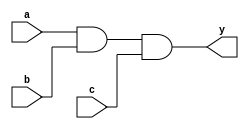
module and_gate(
    input wire a,
    input wire b,
    input wire c,
    output wire y
);

assign y = a & b & c;

endmodule